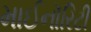
માઈનૉરિટી